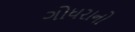
ગોધરાનો